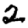
Digit: 2